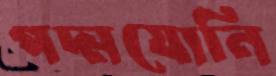
পদ্মযোনি